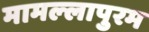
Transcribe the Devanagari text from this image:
मामल्‍लापुरम